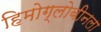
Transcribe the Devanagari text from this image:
हिमोग्लोबीनला